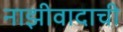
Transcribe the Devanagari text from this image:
नाझीवादाची